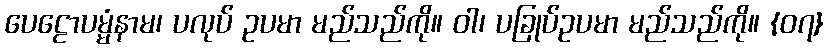
ပေဠောပမ္မံနာမ၊ ပလုပ် ဥပမာ မည်သည်ကို။ ဝါ၊ ပခြုပ်ဥပမာ မည်သည်ကို။ {၀၇}